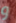
و